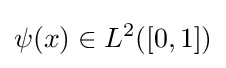
\psi (x)\in L^{2}([0,1])